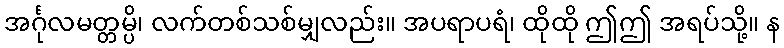
အင်္ဂုလမတ္တမ္ပိ၊ လက်တစ်သစ်မျှလည်း။ အပရာပရံ၊ ထိုထို ဤဤ အရပ်သို့။ န